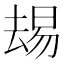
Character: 𫨭